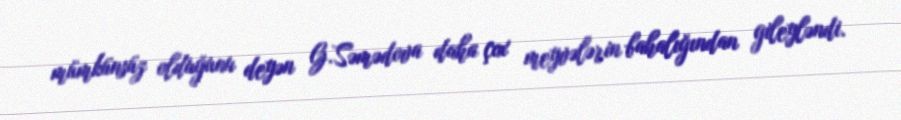
mümkünsüz olduğunu deyən G.Səmədova daha çox meyvələrin bahalığından gileyləndi.